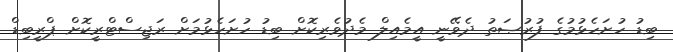
ބިޑު ހުށަހެޅުމުގެ ފުރުޞަތު ދެވޭނީ އީމެއިލް މެދުވެރިކޮށް ބިޑު ހުށަހެޅުމަށް ރަޖިސްޓްރީކޮށް ޕްރީބިޑް